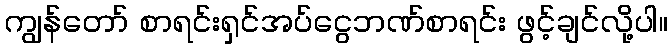
ကျွန်တော် စာရင်းရှင်အပ်ငွေဘဏ်စာရင်း ဖွင့်ချင်လို့ပါ။